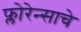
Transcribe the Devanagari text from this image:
फ्लोरेन्साचे